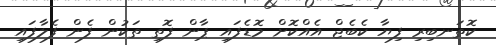
ކޮތަނބިރި ފިޔާ ކެބެޖް އެއްކޮށް މޮޑެފައި ޕާން ފޮތި ތަކުން ފެން ފެލާފައި